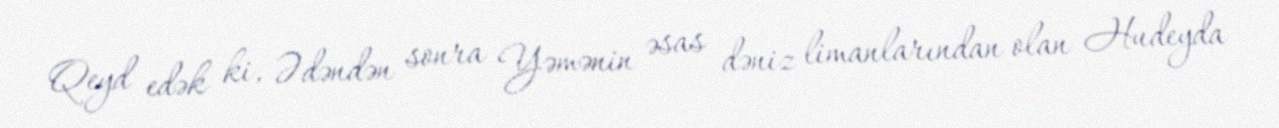
Qeyd edək ki, Ədəndən sonra Yəmənin əsas dəniz limanlarından olan Hudeyda